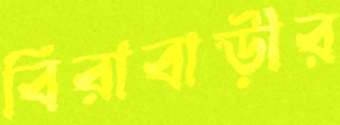
বিরাবাড়ীর